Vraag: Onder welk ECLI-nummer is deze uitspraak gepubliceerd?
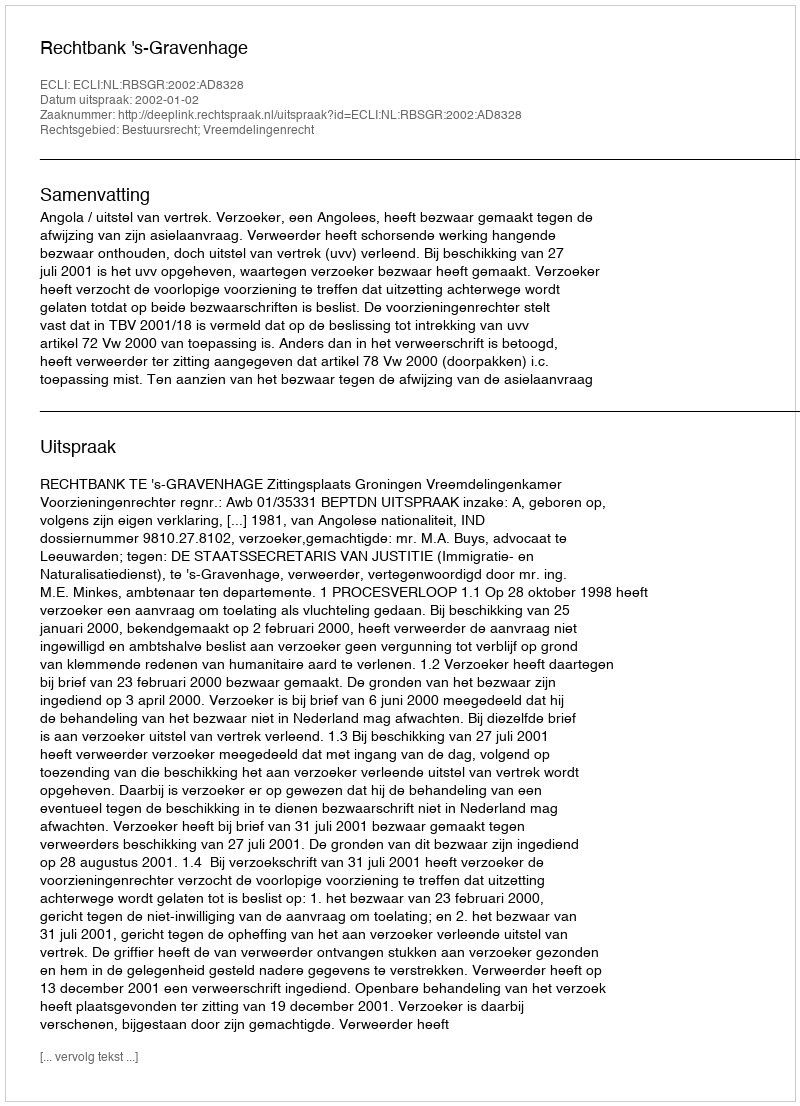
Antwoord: ECLI:NL:RBSGR:2002:AD8328